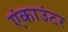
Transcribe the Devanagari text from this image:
एंकाउंटर